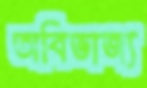
অবিভাজ্য